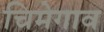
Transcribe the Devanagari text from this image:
चिमेगाव